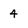
Character: 4